Senior Leaving Certificate Examination (including Day School Certificate (Higher) General paper), 1947
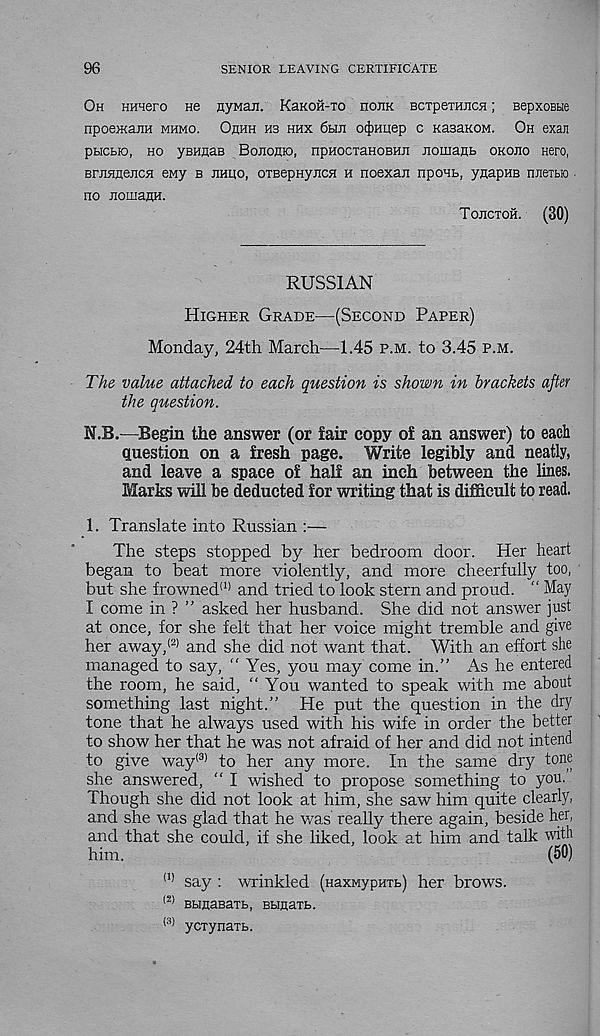
96
SENIOR LEAVING CERTIFICATE
Oh HHHero He nyMan. KaKOH-xo noiiK Bcxperajica; BepxoBHe
npoeiKaiiH mhmo. Ohhh hb hhx 6hji ot})Huep c KasaKOM. Oh exan
pbicfcio, ho yBHflaB Bojiohio, npHocxaHOBHii HomanH okojio Hero,
BriwHejicfl eny b jihuo, oxBepHyjicH h noexan nponb, yuapHB njiexbio
no JiomaflH.
Tojictoh. (30)
RUSSIAN
Higher Grade—(Second Paper)
Monday, 24th March—1.45 p.m. to 3.45 p.m.
The value attached to each question is shown in brackets after
the question.
N.B.—Begin the answer (or fair copy of an answer) to each
question on a fresh page. Write legibly and neatly,
and leave a space of half an inch between the lines.
Marks will be deducted for writing that is difficult to read.
1. Translate into Russian :—
The steps stopped by her bedroom door. Her heart
began to beat more violently, and more cheerfully too,
but she frowned 11 ' and tried to look stern and proud. “ May
I come in ? ” asked her husband. She did not answer just
at once, for she felt that her voice might tremble and give
her away, (2> and she did not want that. With an effort she
managed to say, “ Yes, you may come in.” As he entered
the room, he said, “You wanted to speak with me about
something last night.” He put the question in the dry
tone that he always used with his wife in order the better
to show her that he was not afraid of her and did not intend
to give way (3) to her any more. In the same dry tone
she answered, " I wished to propose something to you.
Though she did not look at him, she saw him quite clearly,
and she was glad that he was really there again, beside her,
and that she could, if she liked, look at him and talk with
him.
(50)
(1) say : wrinkled (HaxMypnxb) her brows.
(2) BbinasaTb, Bbinaxb.
(3) ycxynaTb.